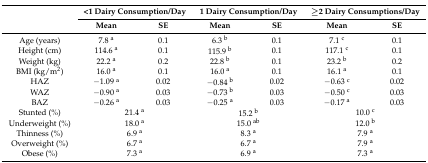
<table><thead><tr><td rowspan="2"></td><td colspan="2"><b>&lt;1 Dairy Consumption/Day</b></td><td colspan="2"><b>1 Dairy Consumption/Day</b></td><td colspan="2"><b>≥2 Dairy Consumptions/Day</b></td></tr><tr><td><b>Mean</b></td><td><b>SE</b></td><td><b>Mean</b></td><td><b>SE</b></td><td><b>Mean</b></td><td><b>SE</b></td></tr></thead><tbody><tr><td>Age (years)</td><td>7.8 <sup>a</sup></td><td>0.1</td><td>6.3 <sup>b</sup></td><td>0.1</td><td>7.1 <sup>c</sup></td><td>0.1</td></tr><tr><td>Height (cm)</td><td>114.6 <sup>a</sup></td><td>0.1</td><td>115.9 <sup>b</sup></td><td>0.1</td><td>117.1 <sup>c</sup></td><td>0.1</td></tr><tr><td>Weight (kg)</td><td>22.2 <sup>a</sup></td><td>0.2</td><td>22.8 <sup>b</sup></td><td>0.1</td><td>23.2 <sup>b</sup></td><td>0.2</td></tr><tr><td>BMI (kg/m<sup>2</sup>)</td><td>16.0 <sup>a</sup></td><td>0.1</td><td>16.0 <sup>a</sup></td><td>0.1</td><td>16.1 <sup>a</sup></td><td>0.1</td></tr><tr><td>HAZ</td><td>−1.09 <sup>a</sup></td><td>0.02</td><td>−0.84 <sup>b</sup></td><td>0.02</td><td>−0.63 <sup>c</sup></td><td>0.02</td></tr><tr><td>WAZ</td><td>−0.90 <sup>a</sup></td><td>0.03</td><td>−0.73 <sup>b</sup></td><td>0.03</td><td>−0.50 <sup>c</sup></td><td>0.03</td></tr><tr><td>BAZ</td><td>−0.26 <sup>a</sup></td><td>0.03</td><td>−0.25 <sup>a</sup></td><td>0.03</td><td>−0.17 <sup>a</sup></td><td>0.03</td></tr><tr><td>Stunted (%)</td><td colspan="2">21.4 <sup>a</sup></td><td colspan="2">15.2 <sup>b</sup></td><td colspan="2">10.0 <sup>c</sup></td></tr><tr><td>Underweight (%)</td><td colspan="2">18.0 <sup>a</sup></td><td colspan="2">15.0 <sup>ab</sup></td><td colspan="2">12.0 <sup>b</sup></td></tr><tr><td>Thinness (%)</td><td colspan="2">6.9 <sup>a</sup></td><td colspan="2">8.3 <sup>a</sup></td><td colspan="2">7.9 <sup>a</sup></td></tr><tr><td>Overweight (%)</td><td colspan="2">6.7 <sup>a</sup></td><td colspan="2">6.7 <sup>a</sup></td><td colspan="2">7.9 <sup>a</sup></td></tr><tr><td>Obese (%)</td><td colspan="2">7.3 <sup>a</sup></td><td colspan="2">6.9 <sup>a</sup></td><td colspan="2">7.3 <sup>a</sup></td></tr></tbody></table>